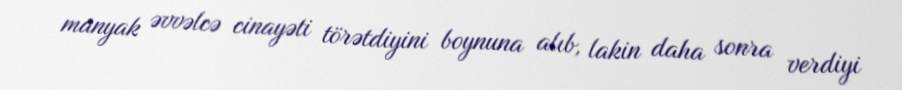
manyak əvvəlcə cinayəti törətdiyini boynuna alıb, lakin daha sonra verdiyi